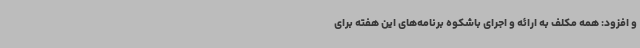
و افزود: همه مکلف به ارائه و اجرای باشکوه برنامه‌های این هفته برای